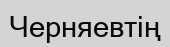
Черняевтің